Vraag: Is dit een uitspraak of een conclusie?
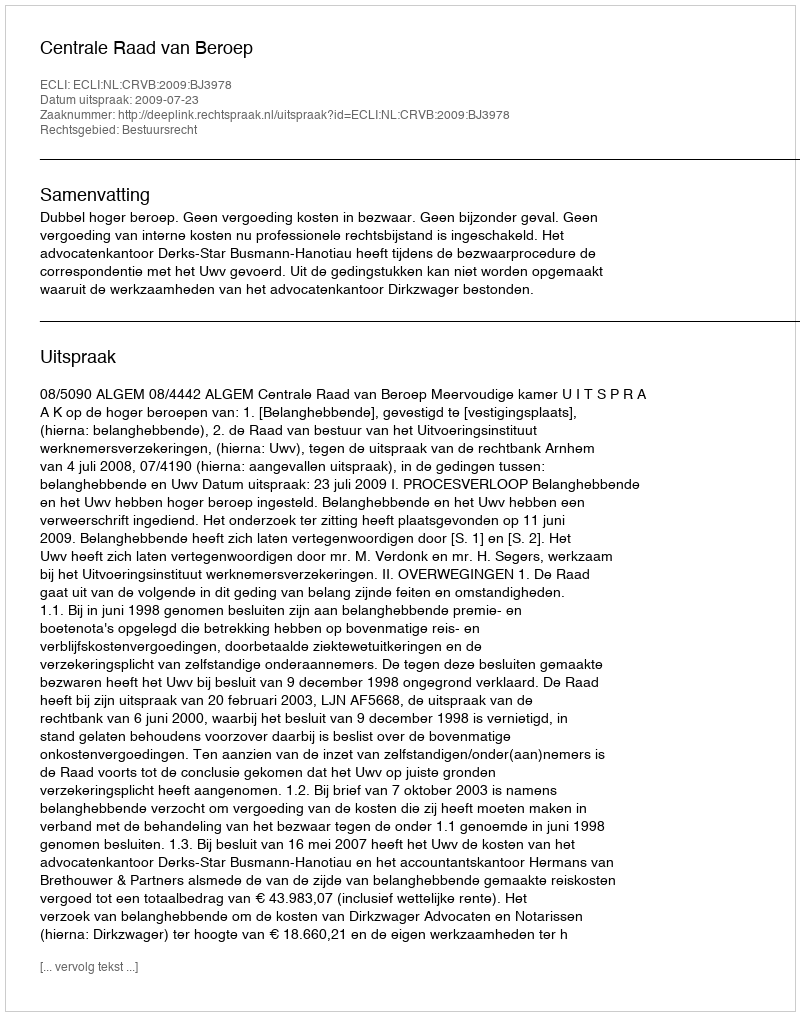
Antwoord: Uitspraak